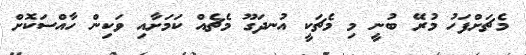
މެޗަށްފަހު މުރޭ ބުނީ މި މެޗަކީ އުނދަގޫ މެޗެއް ކަމަށާއި ވަކިން ހާއްސަކޮށް